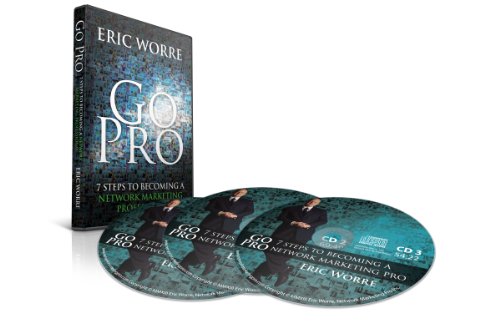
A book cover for Go Pro - 7 Steps to Becoming a Network Marketing Professional; Eric Worre; Business & Money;